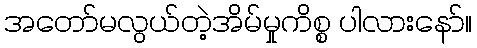
အတော်မလွယ်တဲ့အိမ်မှုကိစ္စ ပါလားနော်။